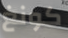
كونغ